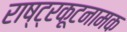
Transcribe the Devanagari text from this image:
राष्ट्रकूटनामक